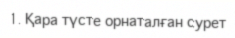
1. Қара түсте орнаталған сурет